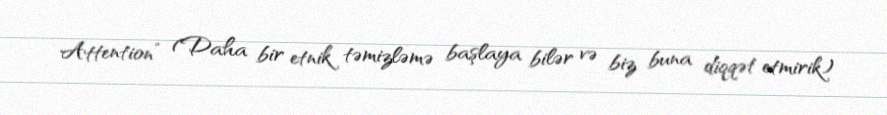
Attention” (Daha bir etnik təmizləmə başlaya bilər və biz buna diqqət etmirik)